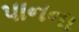
પાનના